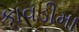
કાવડીમા